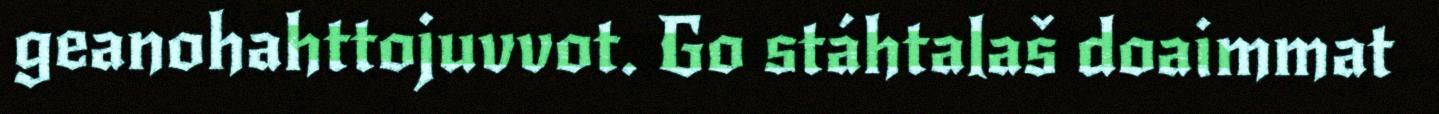
geanohahttojuvvot. Go stáhtalaš doaimmat